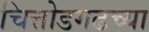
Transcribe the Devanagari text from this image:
चित्तोडगढच्या